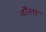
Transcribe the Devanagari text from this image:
वाँलर